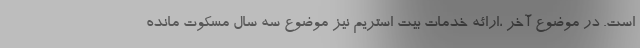
است. در موضوع آخر ،ارائه خدمات بیت استریم نیز موضوع سه سال مسکوت مانده